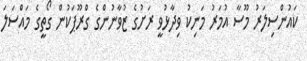
ކައުންސިލަރު މޫސާ އުމަރު މަނިކު ވިދާޅުވީ ރަށުގެ ޒުވާނުންގެ ގްރޫޕަކުން ގޯތީގެ މައްސަލަ